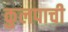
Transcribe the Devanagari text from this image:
कुलपाची